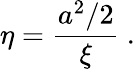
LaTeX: \eta={\frac{a^{2}/2}{\xi}}\ .